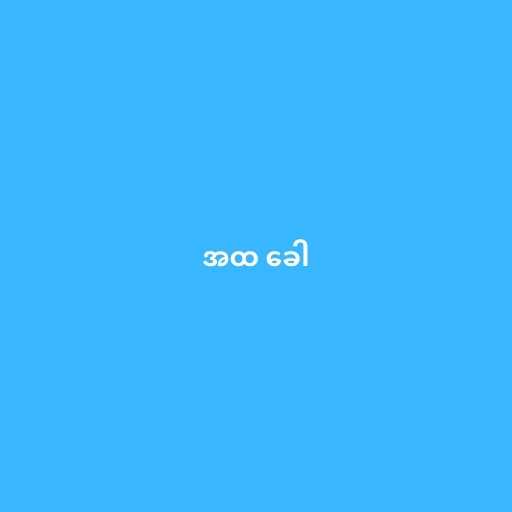
အထ ခေါ